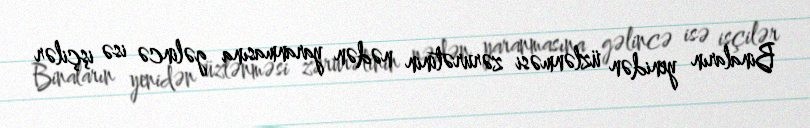
Binaların yenidən üzlənməsi zərurətinin nədən yaranmasına gəlincə isə işçilər